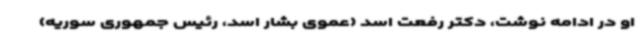
او در ادامه نوشت، دکتر رفعت اسد (عموی بشار اسد، رئیس جمهوری سوریه)